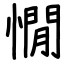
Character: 憪